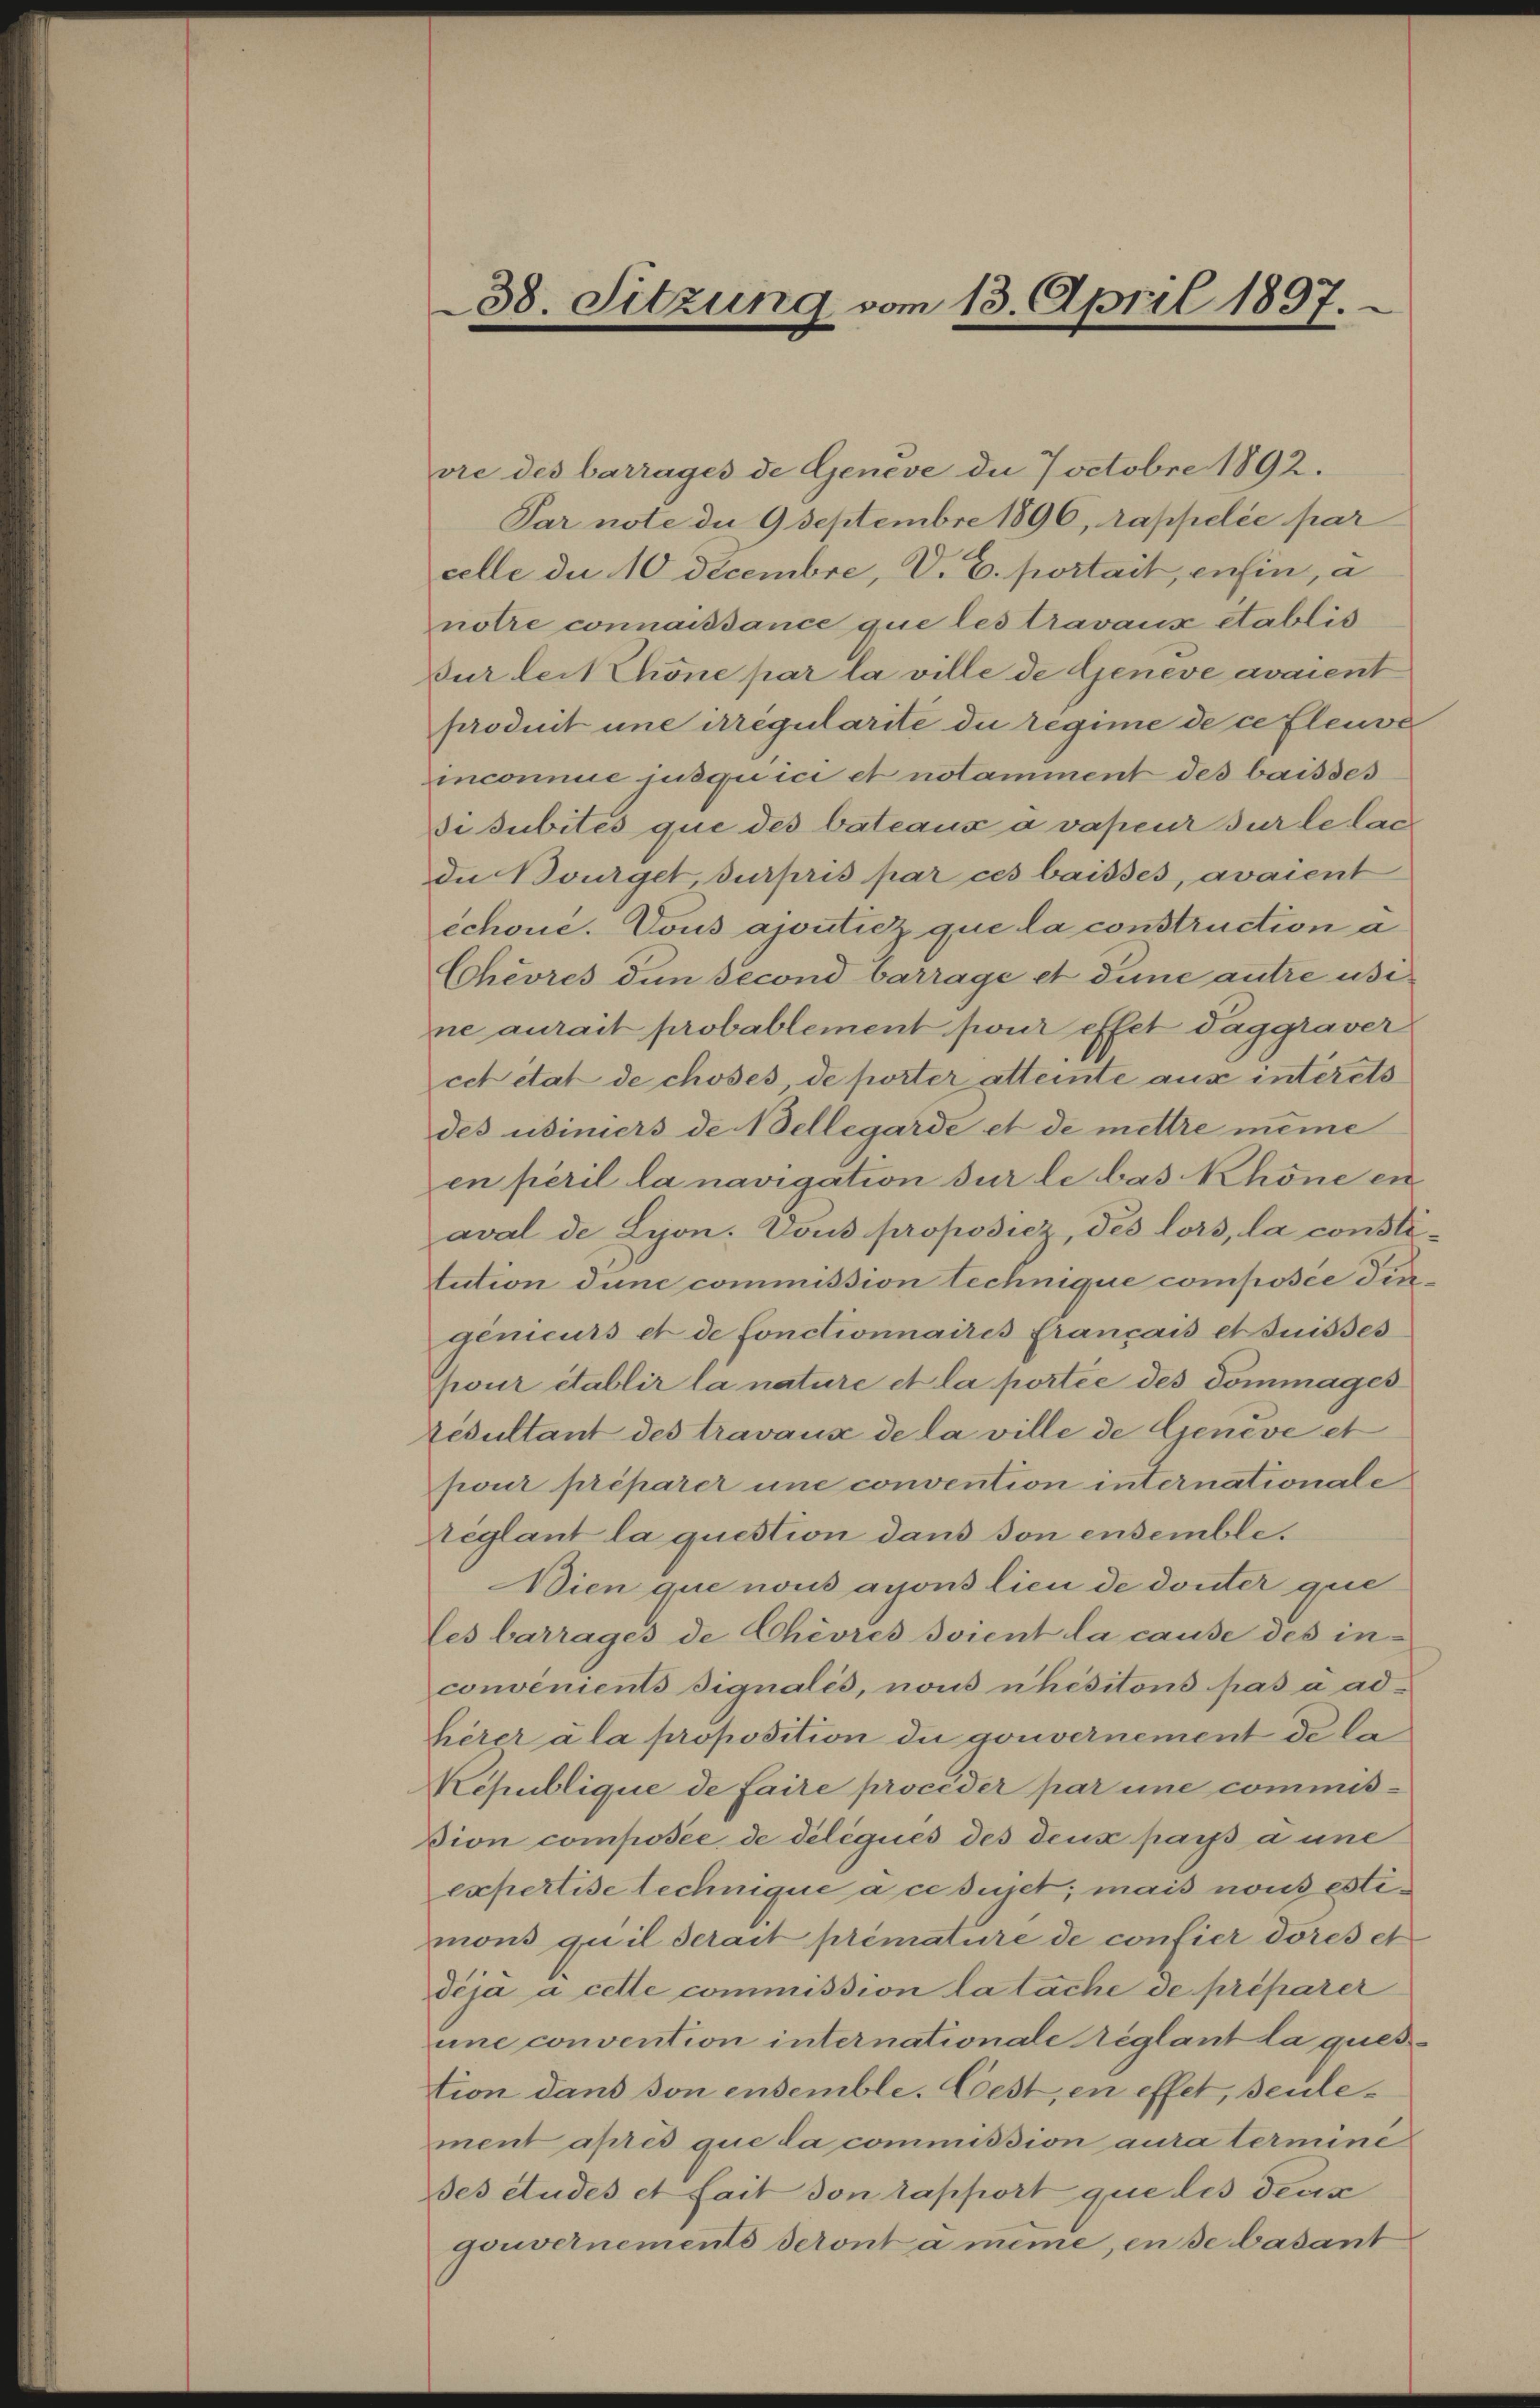
38. Sitzung vom 13. April 1897.

vre des barrages de Geneve de 7 octobre 1892.
Par note der 9 Septembre 1896, rappelée par
celle die 10 Decembre, V. E. portait, enfin, a
notre connaissance que les travaux établis
Dur lectione par la ville de Geneve avaient
produit une irregularité du regime de ce fleuve
inconnue jusquici et notamment des baisses
di subités que des bateaux avapeur sur le lac
de Bourget, durpris par ces baisses, avaient
échone. Vous ajoutiez que la construction a
Chèvres den second barrage et dene antre usine aurait probablement pour effet daggraver
cet état de choses, de porter atteinte aus interets
des usiners de Bellegarde et de mettre meine
en péril la navigation sur le bas Khöne en
aval de Lyon. Dous proposiez, des lors, la constitution dunc commission Lechnique composée diegenieurs et de fonctionnaires français et suisses
pour établir la nature et la portée des dommages
Resultant des travaux de la ville de Geneve et
pour préparer une convention internationale
seglant la question dans von ensemble.
Adien que nous auons lieu de douter que
les barrages de Chèvres soient la cause des in-
convenients signales, nous nhésitons pas a ad-
herer a la proposition die gouvernement de la
Kepublique de faire proceder par eine commis-
Dion composée de délégués des deux pays a une
expertise technique à ce sujet; mais nous estimons quil serait primature de confier dores et
Téja à cette commission la tache de préparer
une convention internationale réglant la ques
tion dans son ensemble. Cest, en effet, seulement après que la commission aura termine
es études et fait son rapport que les deus
gouvernements seront a meine, en de basant